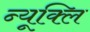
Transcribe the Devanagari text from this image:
न्यूक्लि